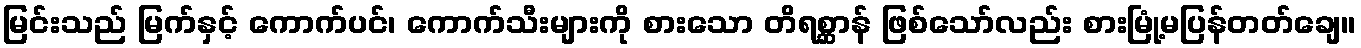
မြင်းသည် မြက်နှင့် ကောက်ပင်၊ ကောက်သီးများကို စားသော တိရစ္ဆာန် ဖြစ်သော်လည်း စားမြုံ့မပြန်တတ်ချေ။